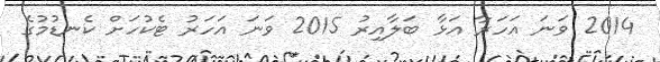
2014 ވަނަ އަހަރާ އަޅާ ބަލާއިރު 2015 ވަނަ އަހަރު ޓެކުހަށް ކެނޑުމުގެ